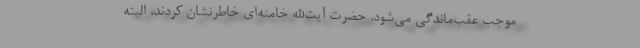
موجب عقب‌ماندگی می‌شود. حضرت آیت‌الله خامنه‌ای خاطرنشان کردند، البته